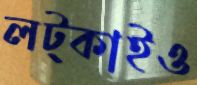
লট্‌কাইও